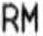
RM